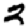
Digit: 2